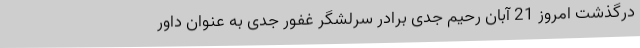
درگذشت امروز 21 آبان رحیم جدی برادر سرلشگر غفور جدی به عنوان داور